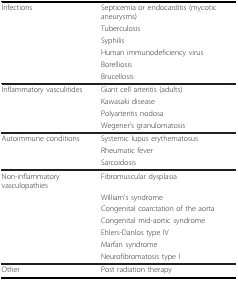
<table><thead><tr><td><b>Infections</b></td><td><b>Septicemia or endocarditis (mycotic aneurysms)</b></td></tr><tr><td></td><td><b>Tuberculosis</b></td></tr><tr><td></td><td><b>Syphilis</b></td></tr><tr><td></td><td><b>Human immunodeficiency virus</b></td></tr><tr><td></td><td><b>Borelliosis</b></td></tr><tr><td></td><td><b>Brucellosis</b></td></tr></thead><tbody><tr><td>Inflammatory vasculitides</td><td>Giant cell arteritis (adults)</td></tr><tr><td></td><td>Kawasaki disease</td></tr><tr><td></td><td>Polyarteritis nodosa</td></tr><tr><td></td><td>Wegener&#x27;s granulomatosis</td></tr><tr><td>Autoimmune conditions</td><td>Systemic lupus erythematosus</td></tr><tr><td></td><td>Rheumatic fever</td></tr><tr><td></td><td>Sarcoidosis</td></tr><tr><td>Non-inflammatory vasculopathies</td><td>Fibromuscular dysplasia</td></tr><tr><td></td><td>William&#x27;s syndrome</td></tr><tr><td></td><td>Congenital coarctation of the aorta</td></tr><tr><td></td><td>Congenital mid-aortic syndrome</td></tr><tr><td></td><td>Ehlers-Danlos type IV</td></tr><tr><td></td><td>Marfan syndrome</td></tr><tr><td></td><td>Neurofibromatosis type I</td></tr><tr><td>Other</td><td>Post radiation therapy</td></tr></tbody></table>